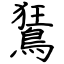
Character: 鵟